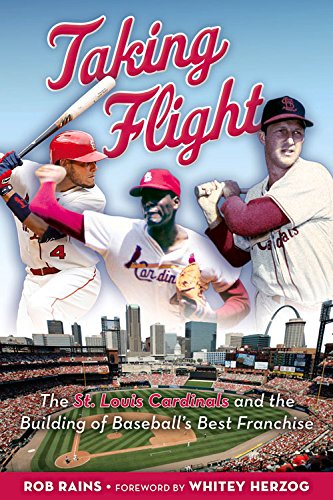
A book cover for Taking Flight: The St. Louis Cardinals and the Building of Baseball's Best Franchise; Rob Rains; Travel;